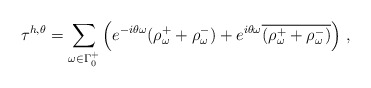
\begin{align*}\tau^{h,\theta}=\sum_{\omega \in \Gamma^+_0 } \left ( e^{-i\theta \omega}(\rho^{+}_{\omega} + \rho^{-}_{\omega}) + e^{i\theta \omega}\overline{(\rho^{+}_{\omega} + \rho^{-}_{\omega}) } \right ) \, ,\end{align*}